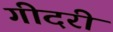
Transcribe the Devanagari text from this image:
गीदरी